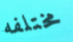
مختلفه